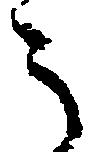
う